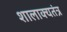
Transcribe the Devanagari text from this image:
शालाक्यतंत्र